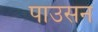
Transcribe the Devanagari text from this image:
पाउसन